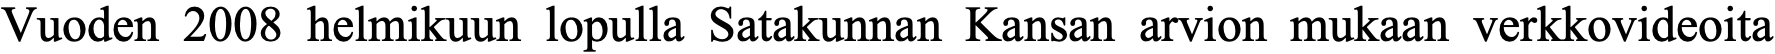
Vuoden 2008 helmikuun lopulla Satakunnan Kansan arvion mukaan verkkovideoita